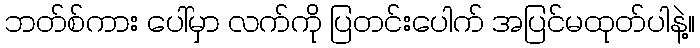
ဘတ်စ်ကား ပေါ်မှာ လက်ကို ပြတင်းပေါက် အပြင်မထုတ်ပါနဲ့။